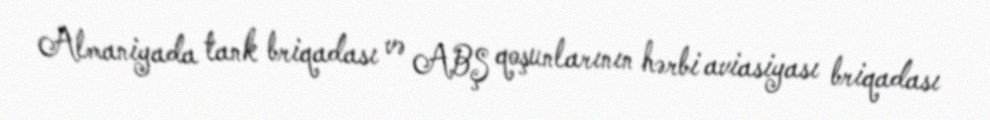
Almaniyada tank briqadası və ABŞ qoşunlarının hərbi aviasiyası briqadası